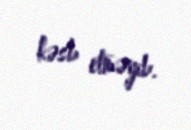
kəsb etməyib.